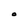
Character: O